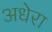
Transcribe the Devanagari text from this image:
अधेरा